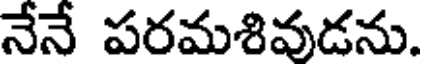
నేనే పరమశివుడను.